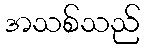
အသစ်သည်